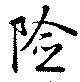
險